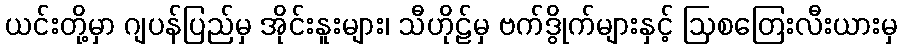
ယင်းတို့မှာ ဂျပန်ပြည်မှ အိုင်းနူးများ၊ သီဟိုဠ်မှ ဗက်ဒွိုက်များနှင့် ဩစတြေးလီးယားမှ